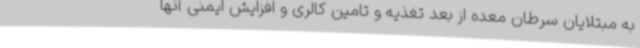
به مبتلایان سرطان معده از بعد تغذیه و تامین کالری و افزایش ایمنی آنها